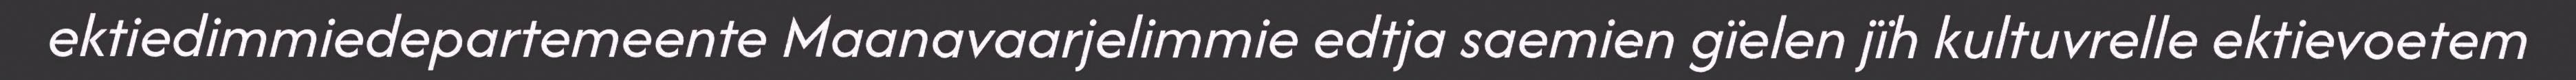
ektiedimmiedepartemeente Maanavaarjelimmie edtja saemien gïelen jïh kultuvrelle ektievoetem